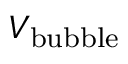
V _ { \mathrm { b u b b l e } }